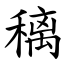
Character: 䅻